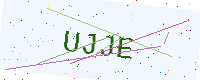
Text: UJJE